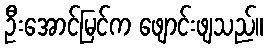
ဦးအောင်မြင်က ဖျောင်းဖျသည်။